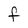
Character: f